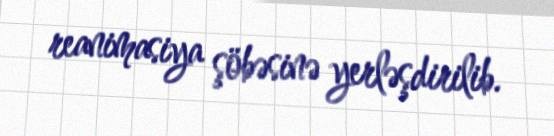
reanimasiya şöbəsinə yerləşdirilib.